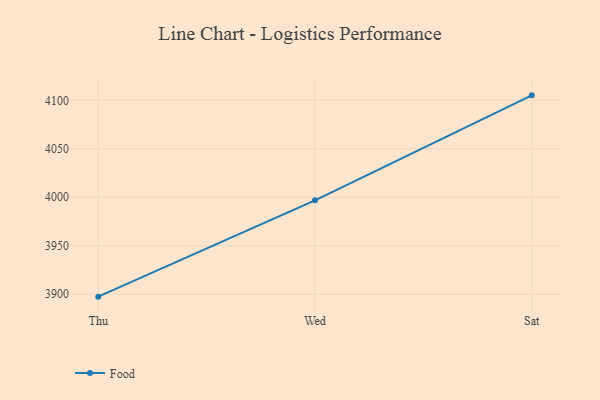
{"axis": {"x": "Day", "y": "Population (Million)"}, "legend": ["Food"], "data": [{"x": "Thu", "y": 3897.5, "type": "Food"}, {"x": "Wed", "y": 3996.8, "type": "Food"}, {"x": "Sat", "y": 4105.1, "type": "Food"}]}